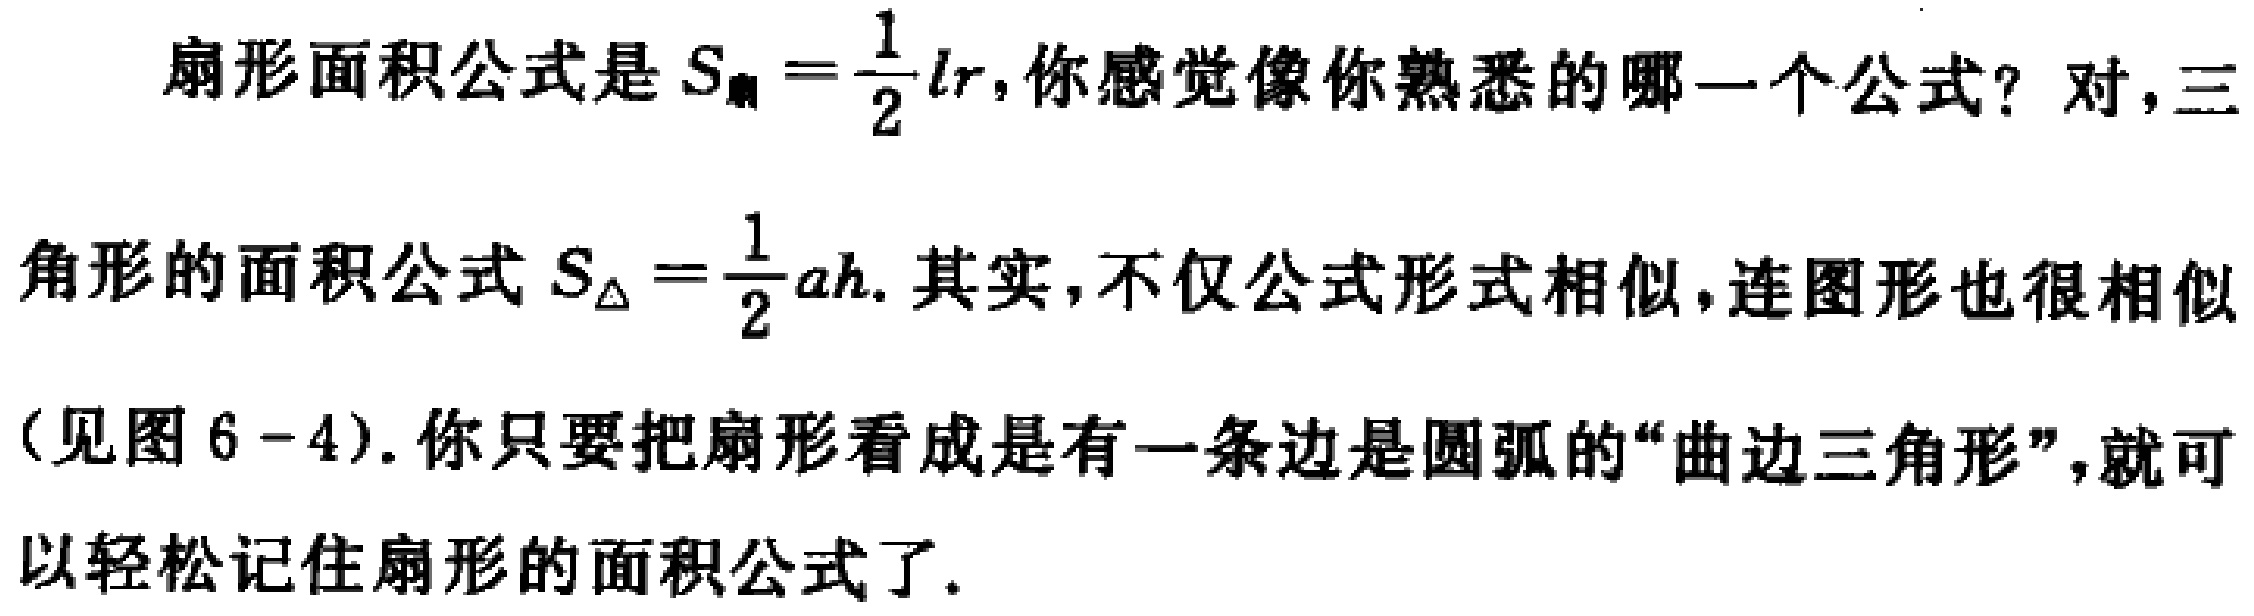
扇形面积公式是 \(S_{扇}=\frac{1}{2}lr\)，你感觉像你熟悉的哪一个公式？对，三
角形的面积公式 \(S_{\triangle}=\frac{1}{2}ah\). 其实，不仅公式形式相似，连图形也很相似
（见图 6 - 4）. 你只要把扇形看成是有一条边是圆弧的“曲边三角形”，就可
以轻松记住扇形的面积公式了.